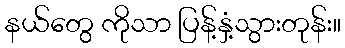
နယ်တွေ ကိုသာ ပြန့်နှံ့သွားတုန်း။